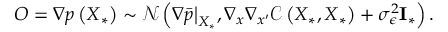
\boldsymbol { O } = \nabla p \left( \boldsymbol { X } _ { * } \right) \sim \mathcal { N } \left( \nabla \bar { p } \big | _ { \boldsymbol { X } _ { * } } , \nabla _ { \boldsymbol { x } } \nabla _ { \boldsymbol { x } ^ { \prime } } \mathcal { C } \left( \boldsymbol { X } _ { * } , \boldsymbol { X } _ { * } \right) + \sigma _ { \epsilon } ^ { 2 } \mathbf { I } _ { * } \right) .